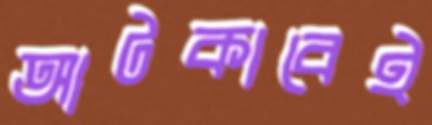
আটকাবেই